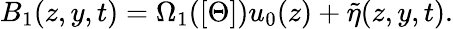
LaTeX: B_{1}(z,y,t)=\Omega_{1}([\Theta])u_{0}(z)+\tilde{\eta}(z,y,t).